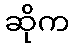
ဆိုက